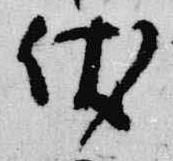
伏